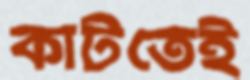
কাটতেই